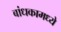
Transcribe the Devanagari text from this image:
बांधकामध्ये